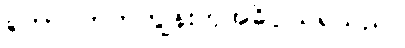
တောင်ဘက်ကျွန်းဟုအဓိပ္ပါယ်ရသည်။